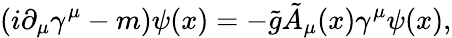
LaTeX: (i\partial_{\mu}\gamma^{\mu}-m)\psi(x)=-\tilde{g}\tilde{A}_{\mu}(x)\gamma^{\mu}\psi(x),